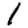
Digit: 1